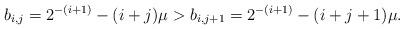
LaTeX: \begin{align*}b_{i,j} = 2^{-(i + 1)} - (i + j)\mu >b_{i,j + 1} = 2^{-(i + 1)} - (i + j + 1)\mu.\end{align*}